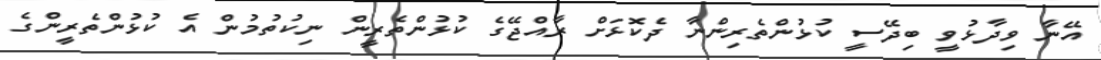
އޭނާ ވިދާޅުވީ ބިދޭސީ ކުޅުންތެރިންނާ ދެކޮޅަށް ރާއްޖޭގެ ކުޅުންތެރީން ނިކުތުމުން އެ ކުޅުންތެރީންގެ